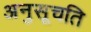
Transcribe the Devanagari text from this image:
अनुसूचति